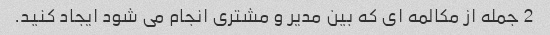
2 جمله از مکالمه ای که بین مدیر و مشتری انجام می شود ایجاد کنید.